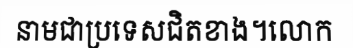
នាមជាប្រទេសជិតខាង។លោក